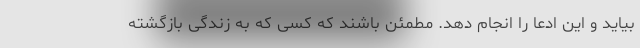
بیاید و این ادعا را انجام دهد. مطمئن باشند که کسی که به زندگی بازگشته